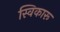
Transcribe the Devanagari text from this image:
स्विकारू